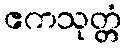
ဧကသုတ္တံ